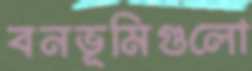
বনভূমিগুলো